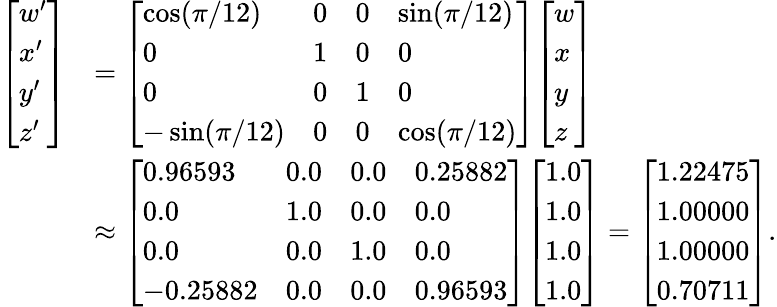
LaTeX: {\begin{array}{rl}{{\left[\begin{array}{l}{w^{\prime}}\\ {x^{\prime}}\\ {y^{\prime}}\\ {z^{\prime}}\end{array}\right]}}&{={\left[\begin{array}{llll}{\cos(\pi/12)}&{0}&{0}&{\sin(\pi/12)}\\ {0}&{1}&{0}&{0}\\ {0}&{0}&{1}&{0}\\ {-\sin(\pi/12)}&{0}&{0}&{\cos(\pi/12)}\end{array}\right]}{\left[\begin{array}{l}{w}\\ {x}\\ {y}\\ {z}\end{array}\right]}}\\ &{\approx{\left[\begin{array}{llll}{0.96593}&{0.0}&{0.0}&{0.25882}\\ {0.0}&{1.0}&{0.0}&{0.0}\\ {0.0}&{0.0}&{1.0}&{0.0}\\ {-0.25882}&{0.0}&{0.0}&{0.96593}\end{array}\right]}{\left[\begin{array}{l}{1.0}\\ {1.0}\\ {1.0}\\ {1.0}\end{array}\right]}={\left[\begin{array}{l}{1.22475}\\ {1.00000}\\ {1.00000}\\ {0.70711}\end{array}\right]}.}\end{array}}